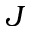
J